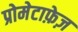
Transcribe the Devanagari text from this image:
प्रोमेटाफ़ेज़